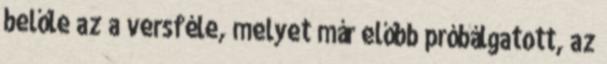
belőle az a versféle, melyet már előbb próbálgatott, az